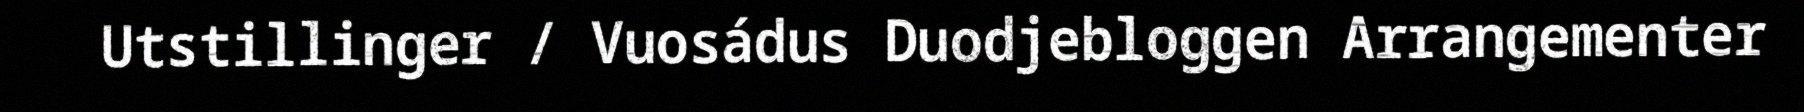
Utstillinger / Vuosádus Duodjebloggen Arrangementer